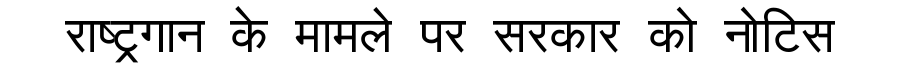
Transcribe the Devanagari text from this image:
राष्ट्रगान के मामले पर सरकार को नोटिस